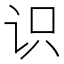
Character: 识